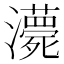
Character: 𤃫